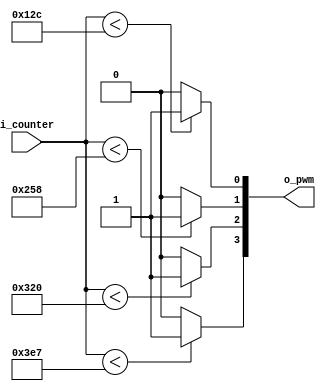
module PWM(
    input [9:0] i_counter,
    output [3:0] o_pwm
    );

    assign o_pwm[0] = (i_counter < 300) ? 1'b1 : 1'b0;
    assign o_pwm[1] = (i_counter < 600) ? 1'b1 : 1'b0;
    assign o_pwm[2] = (i_counter < 800) ? 1'b1 : 1'b0;
    assign o_pwm[3] = (i_counter < 999) ? 1'b1 : 1'b0;
endmodule